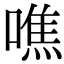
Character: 噍